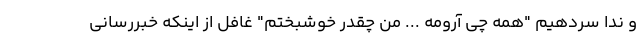
و ندا سردهیم "همه چی آرومه ... من چقدر خوشبختم" غافل از اینکه خبررسانی